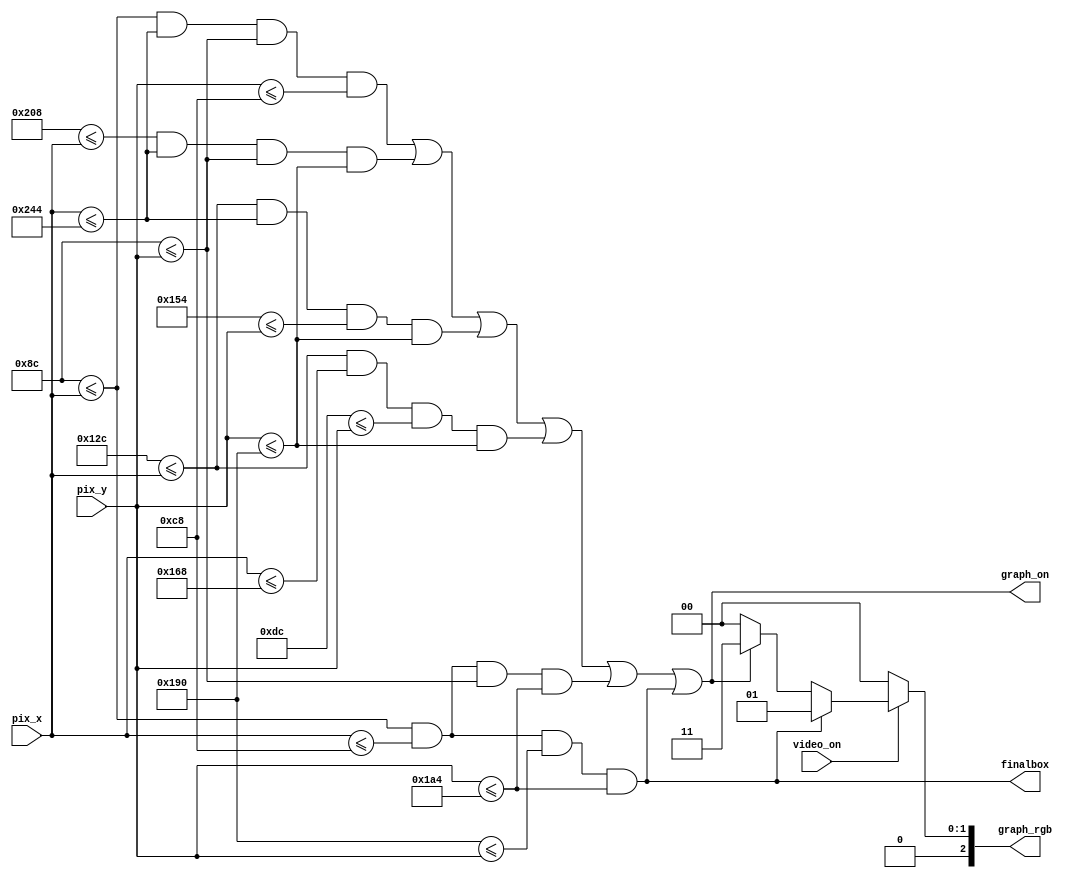
`timescale 1ns / 1ps
//////////////////////////////////////////////////////////////////////////////////
// Company: 
// 
// Design Name: 
// Module Name: Grafico_nivel_1
// Project Name: 
// Target Devices: 
// Tool Versions: 
// Description: 
// 
// Dependencies: 
// 
// Revision:
// Revision 0.01 - File Created
// Additional Comments:
// 
//////////////////////////////////////////////////////////////////////////////////


module Grafico_nivel_1(
    input wire video_on,
    input wire [9:0] pix_x, pix_y,
    output reg [2:0] graph_rgb,
    output wire graph_on,
    output wire finalbox
    );
    
    //-------------NIVEL2----------------------------
    //--------------------------------------------
    //           BARRA 1 horizontal
    //--------------------------------------------
    // bar left, right boundary
    localparam ONE_BAR_X_L = 140;
    localparam ONE_BAR_X_R = 580;
    // bar top, bottom boundary
    localparam ONE_BAR_Y_T = 140; 
    localparam ONE_BAR_Y_B = 200;
    //--------------------------------------------
    //         BARRA 2 vertical
    //--------------------------------------------
    // bar left, right boundary
    localparam TWO_BAR_X_L = 520;
    localparam TWO_BAR_X_R = 580;
    // bar top, bottom boundary
    localparam TWO_BAR_Y_T = 140; 
    localparam TWO_BAR_Y_B = 400;
    //--------------------------------------------
    //            BARRA 3 horizontal 
    //--------------------------------------------
    // bar left, right boundary
    localparam THREE_BAR_X_L = 300;
    localparam THREE_BAR_X_R = 580;
    // bar top, bottom boundary
    localparam THREE_BAR_Y_T = 340; 
    localparam THREE_BAR_Y_B = 400;
    //--------------------------------------------
    //         BARRA 4 vertical
    //--------------------------------------------
    // bar left, right boundary
    localparam FOUR_BAR_X_L = 300;
    localparam FOUR_BAR_X_R = 360;
    // bar top, bottom boundary
    localparam FOUR_BAR_Y_T = 220; 
    localparam FOUR_BAR_Y_B = 400;
    // object output signals
    //--------------------------------------------
    //           BARRA 5 horizontal
    //--------------------------------------------
    // bar left, right boundary
    localparam FIVE_BAR_X_L = 140;
    localparam FIVE_BAR_X_R = 200;
    // bar top, bottom boundary
    localparam FIVE_BAR_Y_T = 140; 
    localparam FIVE_BAR_Y_B = 420;
    // object output signals
    //--------------------------------------------
    //           BARRA 6 horizontal
    //--------------------------------------------
    // bar left, right boundary
    localparam SIX_BAR_X_L = 140;
    localparam SIX_BAR_X_R = 200;
    // bar top, bottom boundary
    localparam SIX_BAR_Y_T = 400; 
    localparam SIX_BAR_Y_B = 420;
    // object output signals
    
    wire one_bar_on, two_bar_on, three_bar_on, four_bar_on, five_bar_on, six_bar_on;
    
    // body      
    //--------------------------------------------
    //           BARRA 1 horizontal
    //--------------------------------------------   
    // pixel within bar
    assign one_bar_on = ((ONE_BAR_X_L<=pix_x) && (pix_x<=ONE_BAR_X_R) && (ONE_BAR_Y_T<=pix_y) && (pix_y<=ONE_BAR_Y_B));
    //--------------------------------------------
    //         BARRA 2 vertical
    //--------------------------------------------
    // pixel within bar
    assign two_bar_on = ((TWO_BAR_X_L<=pix_x) && (pix_x<=TWO_BAR_X_R) && (TWO_BAR_Y_T<=pix_y) && (pix_y<=TWO_BAR_Y_B));
    //--------------------------------------------
    //            BARRA 3 horizontal 
    //--------------------------------------------
    // pixel within bar
    assign three_bar_on = ((THREE_BAR_X_L<=pix_x) && (pix_x<=THREE_BAR_X_R) && (THREE_BAR_Y_T<=pix_y) && (pix_y<=THREE_BAR_Y_B));
    //--------------------------------------------
    //         BARRA 4 vertical
    //--------------------------------------------
    // pixel within bar
    assign four_bar_on = ((FOUR_BAR_X_L<=pix_x) && (pix_x<=FOUR_BAR_X_R) && (FOUR_BAR_Y_T<=pix_y) && (pix_y<=FOUR_BAR_Y_B));
    //--------------------------------------------
    //           BARRA 5 horizontal
    //--------------------------------------------
    
    // pixel within bar
    assign five_bar_on = ((FIVE_BAR_X_L<=pix_x) && (pix_x<=FIVE_BAR_X_R) && (FIVE_BAR_Y_T<=pix_y) && (pix_y<=FIVE_BAR_Y_B)); 
    //--------------------------------------------
    //           BARRA 6 horizontal
    //--------------------------------------------   
    // pixel within bar
     assign six_bar_on = ((SIX_BAR_X_L<=pix_x) && (pix_x<=SIX_BAR_X_R) && (SIX_BAR_Y_T<=pix_y) && (pix_y<=SIX_BAR_Y_B));
    //-------------------------------------------- 
    assign graph_on = ((one_bar_on)||(two_bar_on)||(three_bar_on)||(four_bar_on)||(five_bar_on))||(six_bar_on);
    //--------------------------------------------       
    assign finalbox = six_bar_on;
     
    always @*
    begin
      if (~video_on)
         graph_rgb = 3'b000; // blank
      else
      begin
        if (six_bar_on)
            graph_rgb = 3'b001;
        else if (graph_on)
            graph_rgb = 3'b011;
         else
            graph_rgb = 3'b000; 
       end
    end
endmodule